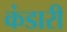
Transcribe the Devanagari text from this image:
कंडारी